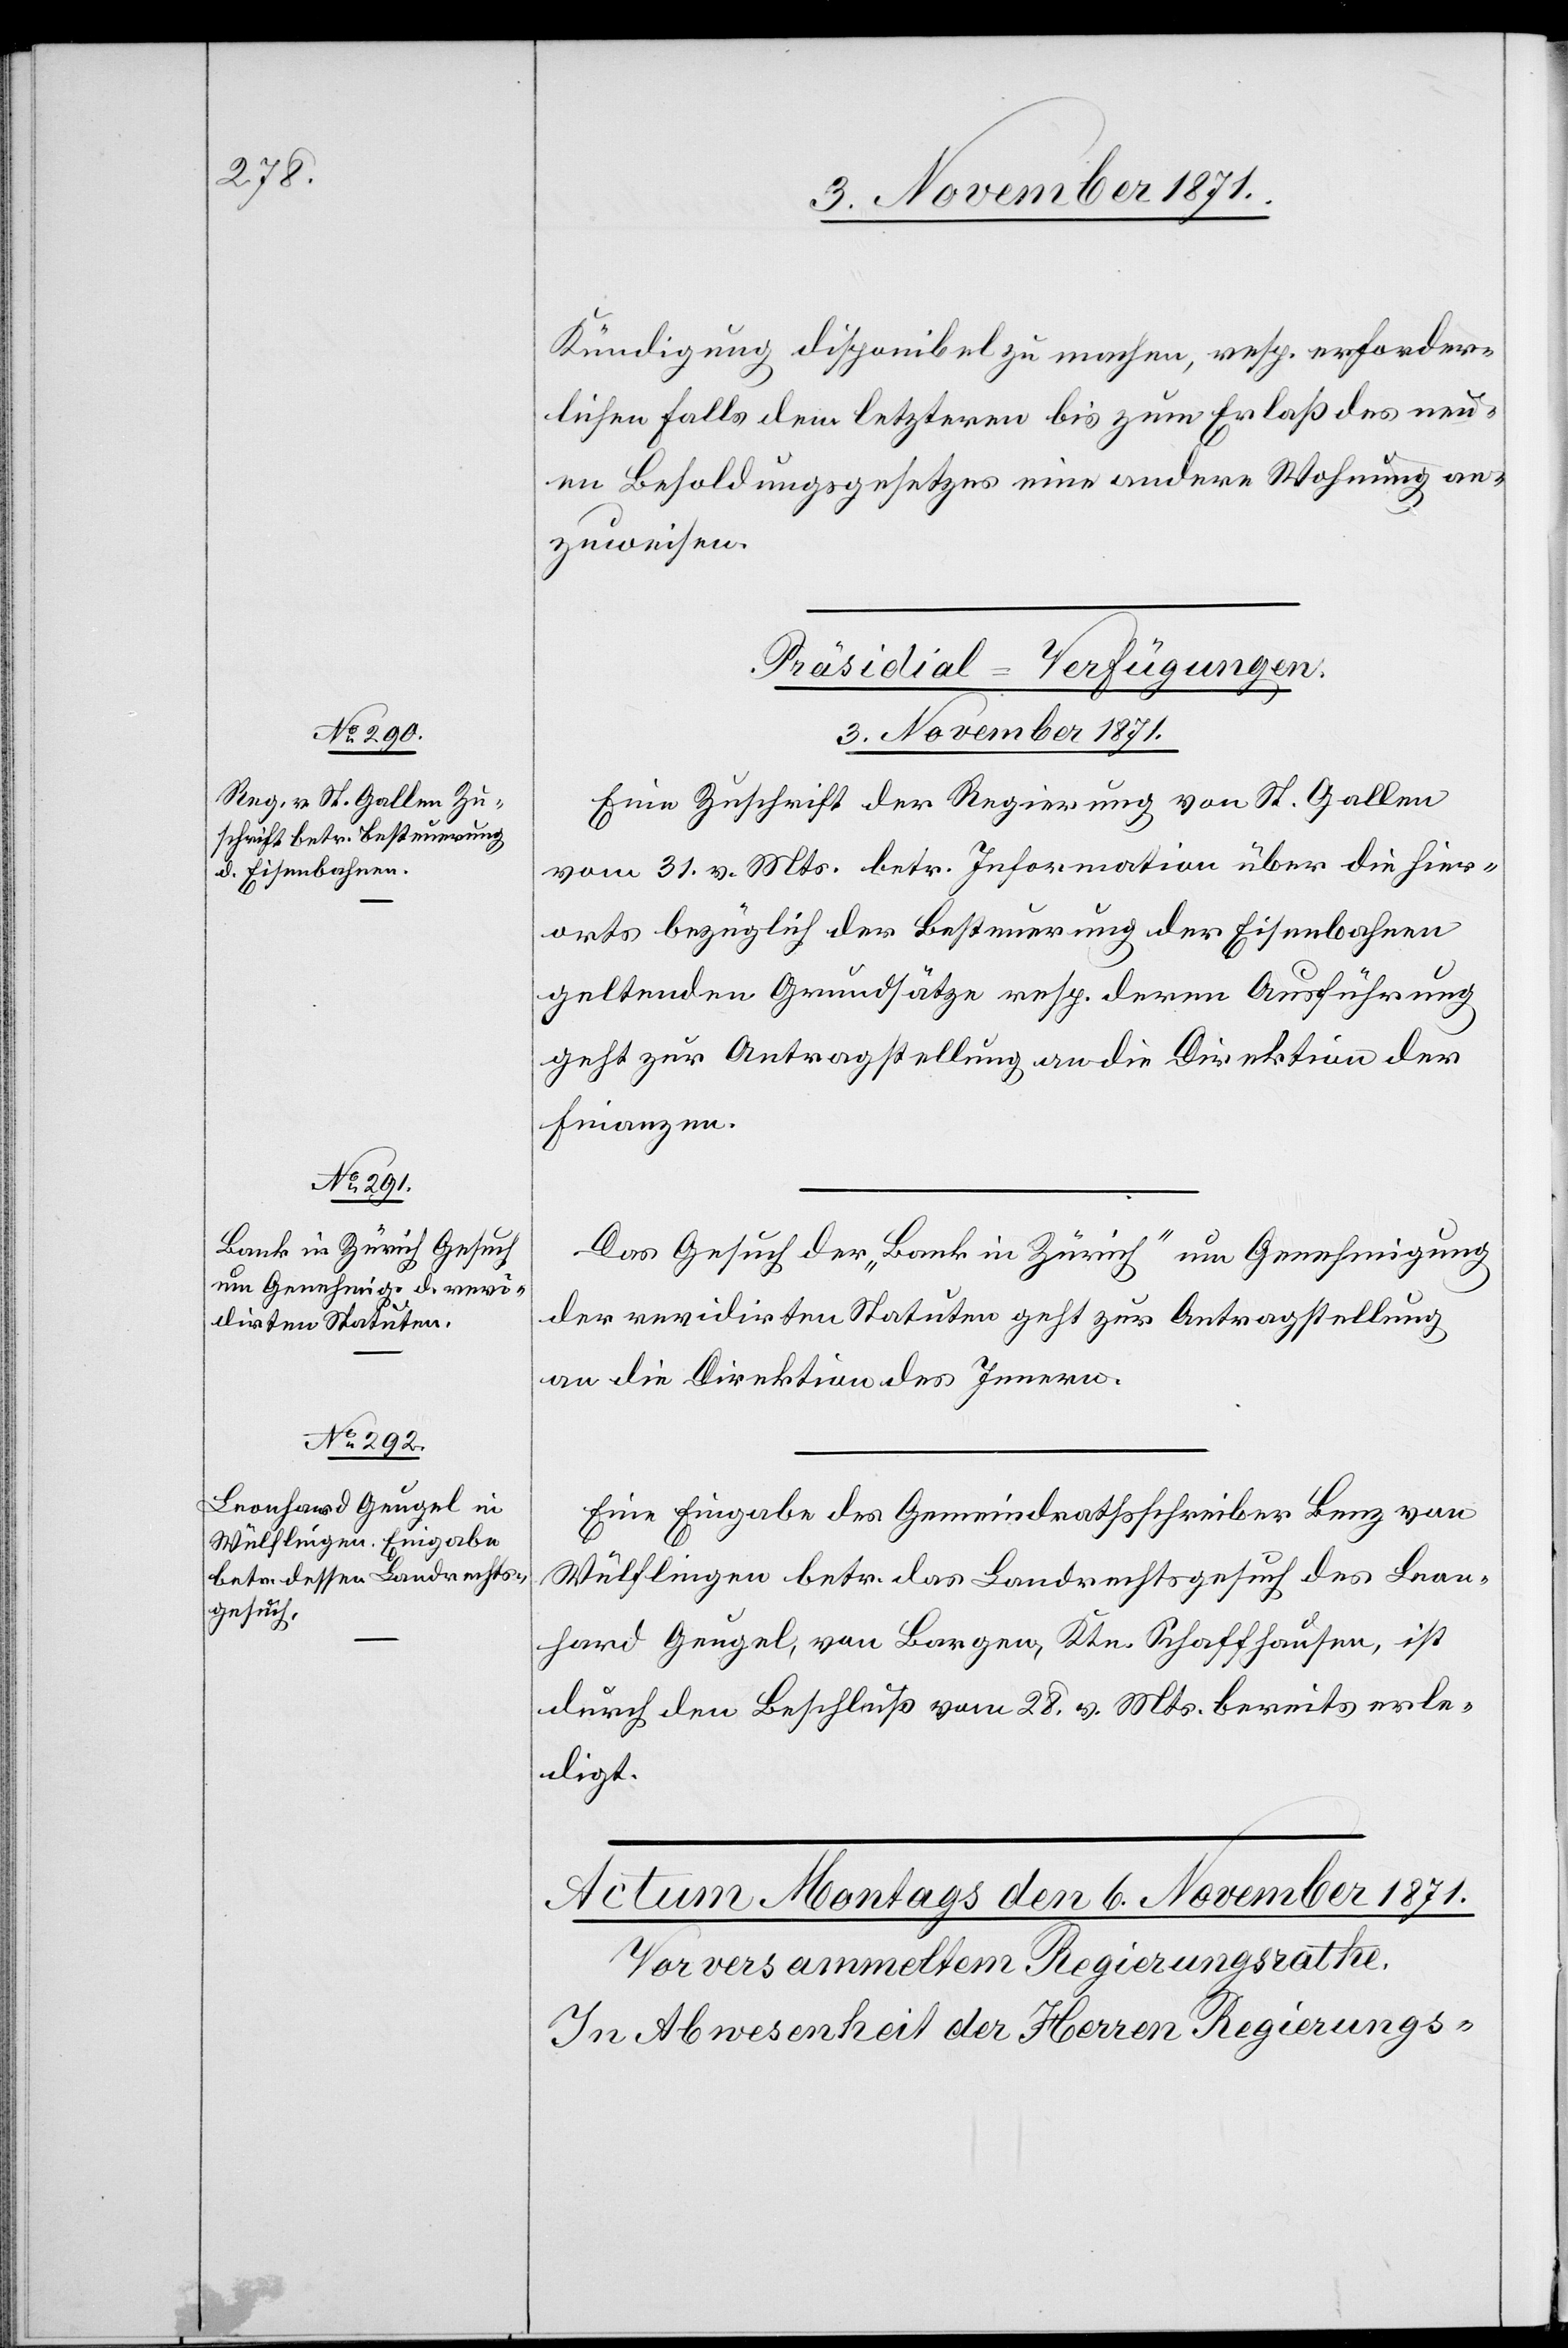
Kündigung disponibel zu machen, resp. erforder¬
lichen Falls dem letzteren bis zum Erlaß des neu¬
en Besoldungsgesetzes eine andere Wohnung an¬
zuweisen.
[Präsidial-Verfügungen.
3. November 1871.]
Eine Zuschrift der Regierung von St. Gallen
vom 31. v. Mts. betr. Information über die hier¬
orts bezüglich der Besteuerung der Eisenbahnen
geltenden Grundsätze resp. deren Ausführung
geht zur Antragstellung an die Direktion der
Finanzen.
Das Gesuch der „Bank in Zürich“ um Genehmigung
der revidirten Statuten geht zur Antragstellung
an die Direktion des Innern.
Eine Eingabe des Gemeindrathsschreiber Benz von
Wülflingen betr. das Landrechtsgesuch des Leon¬
hard Geugel, von Langen, Ktn. Schaffhausen, ist
durch den Beschluß vom 28. v. Mts. bereits erle¬
digt.